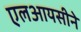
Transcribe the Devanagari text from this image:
एलआयसीने